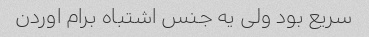
سریع بود ولی یه جنس اشتباه برام اوردن